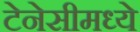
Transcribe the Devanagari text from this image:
टेनेसीमध्ये